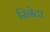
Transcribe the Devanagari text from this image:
रिनेटा